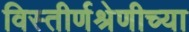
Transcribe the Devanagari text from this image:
विस्तीर्णश्रेणीच्या